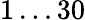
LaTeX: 1\ldots 30